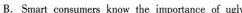
B.Smat conearers know the importance of ugy